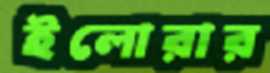
ইলোরার